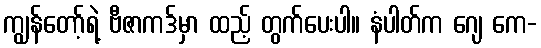
ကျွန်တော့်ရဲ့ ဗီဇာကဒ်မှာ ထည့် တွက်ပေးပါ။ နံပါတ်က ဂျေ ကေ-